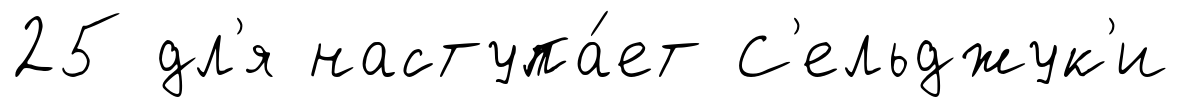
25 дл'я наступа́ет С'ельджук'и